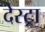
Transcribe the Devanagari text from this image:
देस्ट्रा